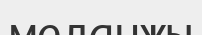
меланжы